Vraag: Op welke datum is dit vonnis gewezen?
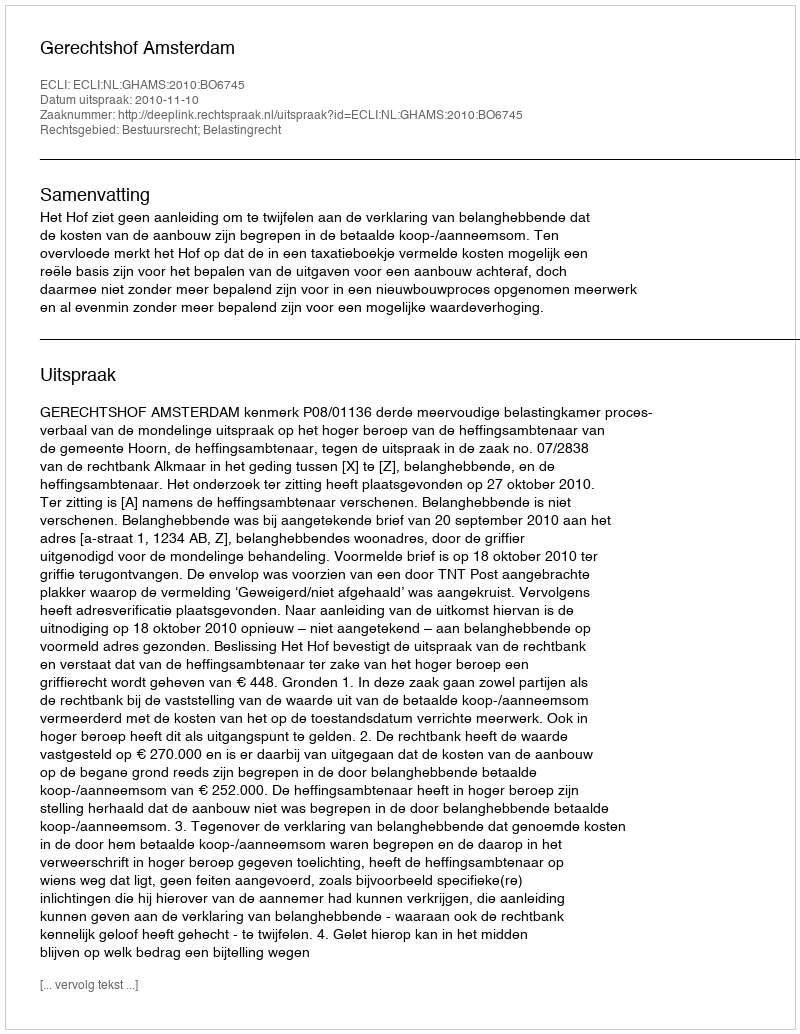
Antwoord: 2010-11-10